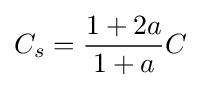
C_{s}={\frac {1+2a}{1+a}}C